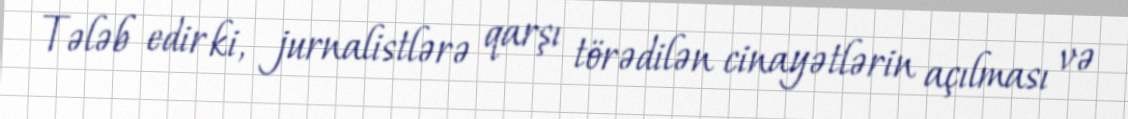
Tələb edir ki, jurnalistlərə qarşı törədilən cinayətlərin açılması və